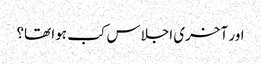
اور آخری اجلاس کب ہوا تھا؟